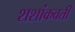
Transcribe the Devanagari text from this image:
शशांकवती